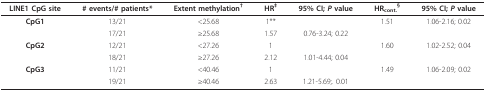
<table><thead><tr><td><b>LINE1 CpG site</b></td><td><b># events/# patients*</b></td><td><b>Extent methylation<sup>†</sup></b></td><td><b>HR<sup>‡</sup></b></td><td><b>95% CI; <i>P </i>value</b></td><td><b>HR<sub>cont.</sub><sup>§</sup></b></td><td><b>95% CI; <i>P </i>value</b></td></tr></thead><tbody><tr><td><b>CpG1</b></td><td>13/21</td><td>&lt;25.68</td><td>1**</td><td></td><td>1.51</td><td>1.06-2.16; 0.02</td></tr><tr><td></td><td>17/21</td><td>≥25.68</td><td>1.57</td><td>0.76-3.24; 0.22</td><td></td><td></td></tr><tr><td><b>CpG2</b></td><td>12/21</td><td>&lt;27.26</td><td>1</td><td></td><td>1.60</td><td>1.02-2.52; 0.04</td></tr><tr><td></td><td>18/21</td><td>≥27.26</td><td>2.12</td><td>1.01-4.44; 0.04</td><td></td><td></td></tr><tr><td><b>CpG3</b></td><td>11/21</td><td>&lt;40.46</td><td>1</td><td></td><td>1.49</td><td>1.06-2.09; 0.02</td></tr><tr><td></td><td>19/21</td><td>≥40.46</td><td>2.63</td><td>1.21-5.69;. 0.01</td><td></td><td></td></tr></tbody></table>